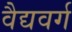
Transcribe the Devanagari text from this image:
वैद्यवर्ग